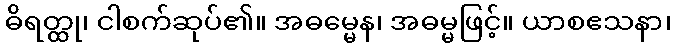
ဓိရတ္ထု၊ ငါစက်ဆုပ်၏။ အဓမ္မေန၊ အဓမ္မဖြင့်။ ယာစဧသနာ၊